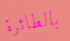
بالطائرة